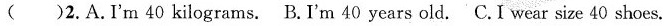
( )2.A.I'm 40 kilograms. B.I'm 40 years old. C.I wear size 40 shoes.